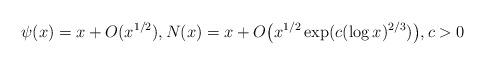
LaTeX: \begin{align*}\psi(x) = x + O(x^{1/2}), N(x) = x + O\bigl(x^{1/2}\exp(c(\log x)^{2/3})\bigr), c > 0\end{align*}